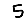
Digit: 5